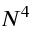
N ^ { 4 }